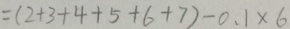
= ( 2 + 3 + 4 + 5 + 6 + 7 ) - 0 . 1 \times 6